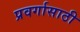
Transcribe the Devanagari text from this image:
प्रवर्गासाठी